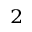
_ 2